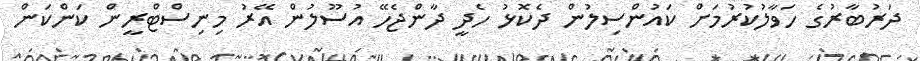
ދަރުބާރުގެ ހަވާލުކުރުމަށް ކައުންސިލުން ދެކޮޅު ހެދީ ދާންޖެހޭ އުސޫލުން އޭރު މިނިސްޓްރީން ކަންކަން